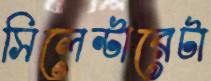
সিলেন্টারেটা